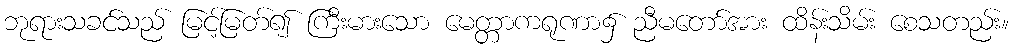
ဘုရားသခင်သည် မြင့်မြတ်၍ ကြီးမားသော မေတ္တာကရုဏာ၌ ညီမတော်အား ထိန်းသိမ်း စေသတည်း။